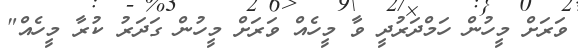
ވަރަށް މީހުން ހަމްދަރުދީ ވާ މީހެއް ވަރަށް މީހުން ގަދަރު ކުރާ މީހެއް"